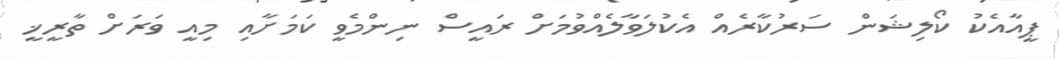
ޕީއާއެކު ކޯލިޝަން ސަރުކާރެއް އެކުލަވާލެއްވުމަށް ރައީސް ނިންމެވީ ކަމަށާއި މިއީ ވަރަށް ތާރީޚީ